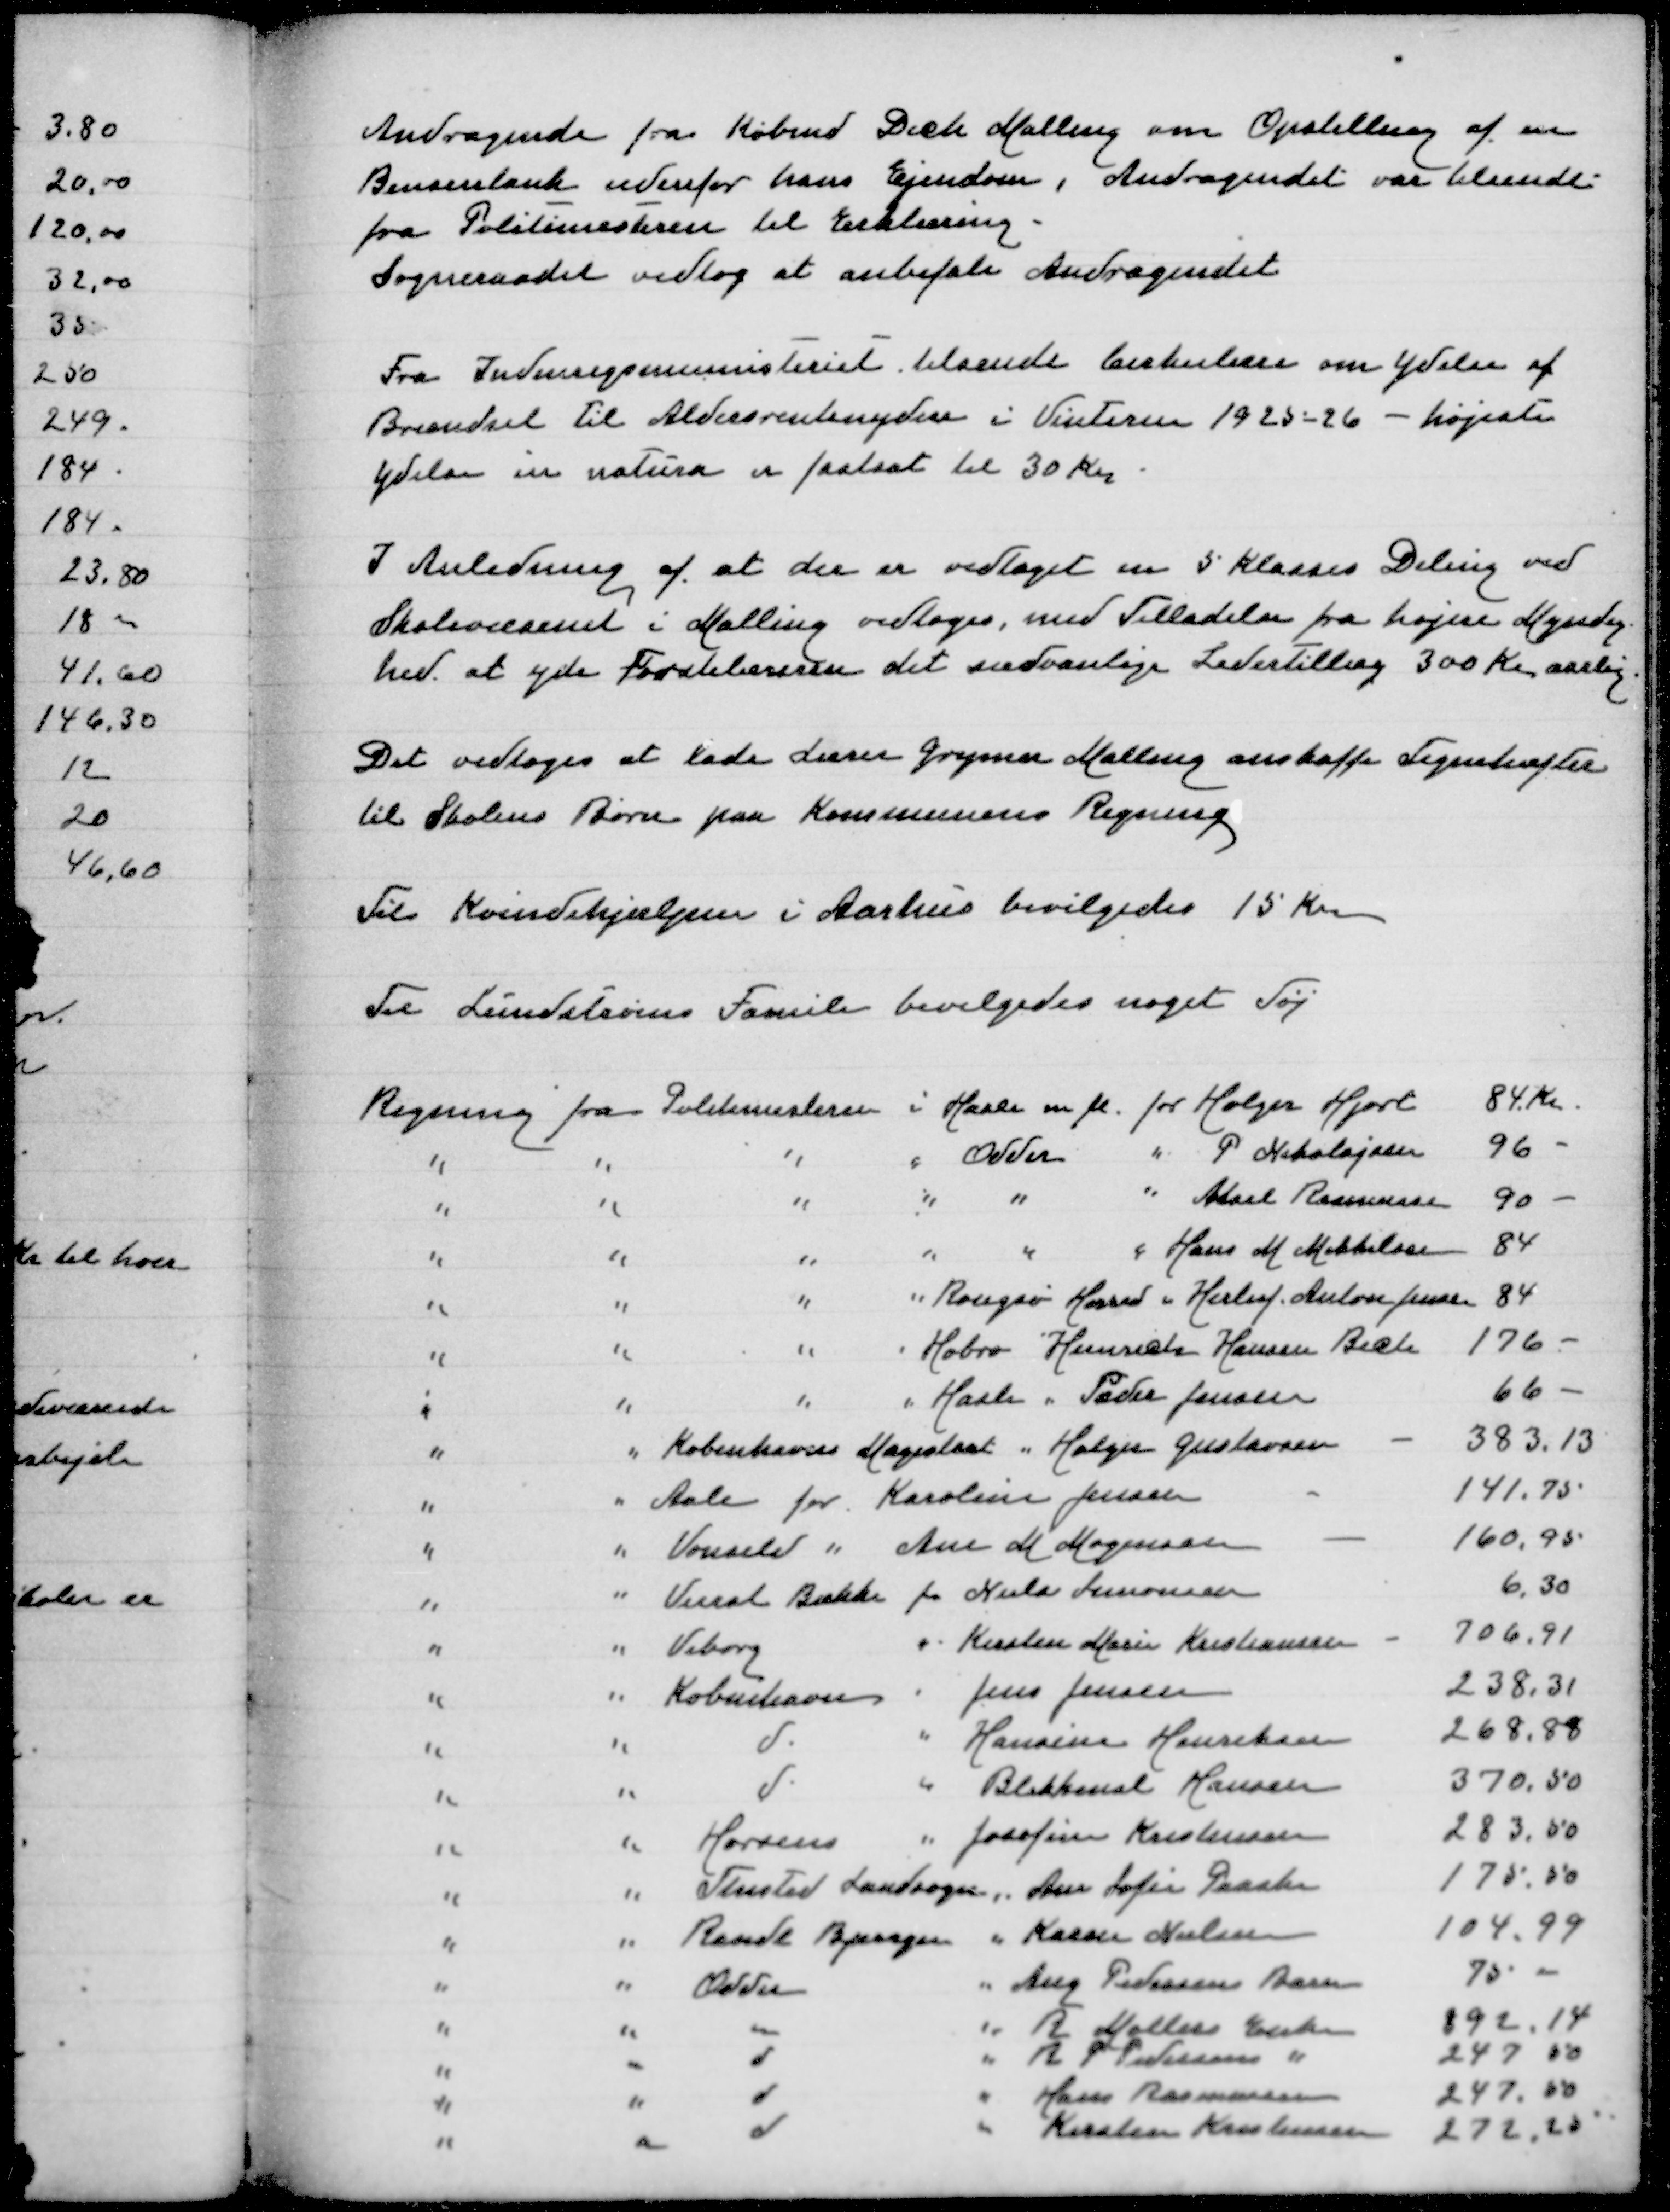
Transskription:
Andragende fra Købmand Dich Malling om Opstilling af en
Bensintank udenfor hans Ejendom, Andragendet var tilsendt
fra Politimesteren til Erklæring
Sogneraadet vedtog at anbefale Andragendet

Fra Indenrigsministeriet tilsendt Cirkulære om Ydelse af
Brændsel til Aldersrentenydere i Vinteren 1925-26 - højeste
Ydelse in natura er fastsat til 30 Kr

I Anledning af at der er vedtaget en 5 Klasses Deling ved
Skolevæsenet i Malling i vedtoges, med Tilladelse fra højere Myndig-
hed at yde Førstelæreren det sædvanlige Ledertillæg 300 Kr aarlig

Det vedtoges at lade Lærer Grynen Malling anskaffe Tegnehæfter
til Skolens Børn paa Kommunens Regning

Til Kvindehjælpen i Aarhus bevilgedes 15 Kr

Til Lundstrøms Familie bevilgedes noget Tøj

Regning fra Politimesteren i Hasle m fl for Holger Hjort
84 Kr
" " " " Odder " P Nikolajsen
96
" " " " " " Aksel Rasmussen
90
" " " " " " Hans M Mikkelsen
84
" " " " Rougsø Herred " Herluf Anton Jensen
84
" " " " Hobro " Heinrich Hansen Bech
176
" " " " Hasle " Peder Jensen
66
" " Københavns Magistrat " Holger Gustavsen
383,13
" " Aale for Karoline Jensen
141,75
" " Vonsild " Ane M Mogensen
160,95
" " Veerst Bække for Niels Simonsen
6,30
" " Viborg " Kirsten Marie Kristiansen
706,91
" " København " Jens Jensen
238,31
" " d " Hansine Henriksen
268,88
" " d " Blikkensl Hansen
370,50
" " Horsens " Josefine Kristensen
283,50
" " Thisted Landsogn " Ane Sofie Paaske
175,50
" " Randl Bjerager " Karen Nielsen
104,99
" " Odder " Aug Pedersens Barn
75
" " " " R Møllers Enke
392,14
" " d " R P Pedersens Enke
247,50
" " d " Hans Rasmussen
247,50
" " d " Kirsten Kristensen
272,25